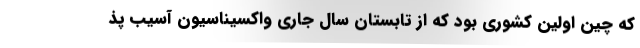
که چین اولین کشوری بود که از تابستان سال جاری واکسیناسیون آسیب پذ